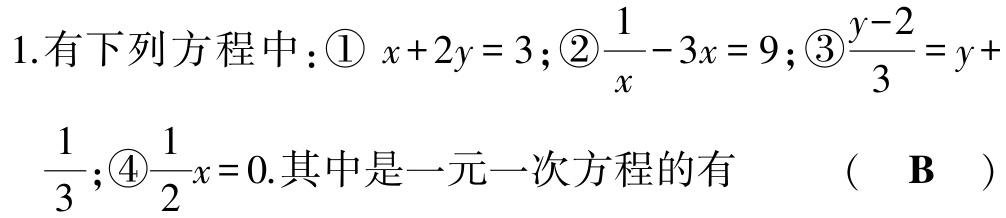
1.有下列方程中：\textcircled{1} \(x + 2y = 3\)；\textcircled{2}\(\frac{1}{x}-3x = 9\)；\textcircled{3}\(\frac{y - 2}{3}=y +\frac{1}{3}\)；\textcircled{4}\(\frac{1}{2}x = 0\).其中是一元一次方程的有  （  \(\mathbf{B}\)  ）